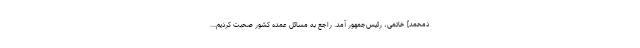
دمحمد] خاتمى، رئیس‌جمهور آمد. راجع به مسائل عمده كشور صحبت كردیم...